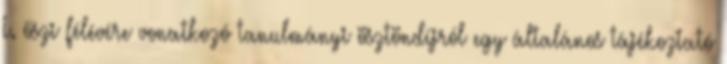
I. őszi félévére vonatkozó tanulmányi ösztöndíjról egy általános tájékoztató